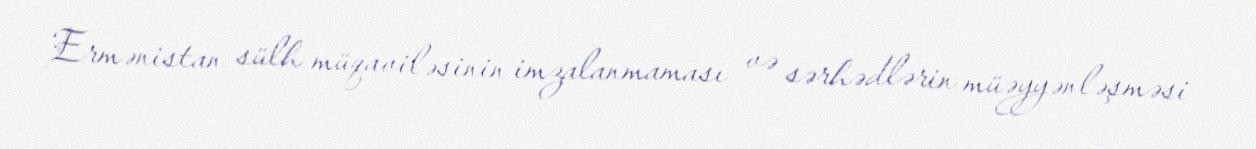
Ermənistan sülh müqaviləsinin imzalanmaması və sərhədlərin müəyyənləşməsi